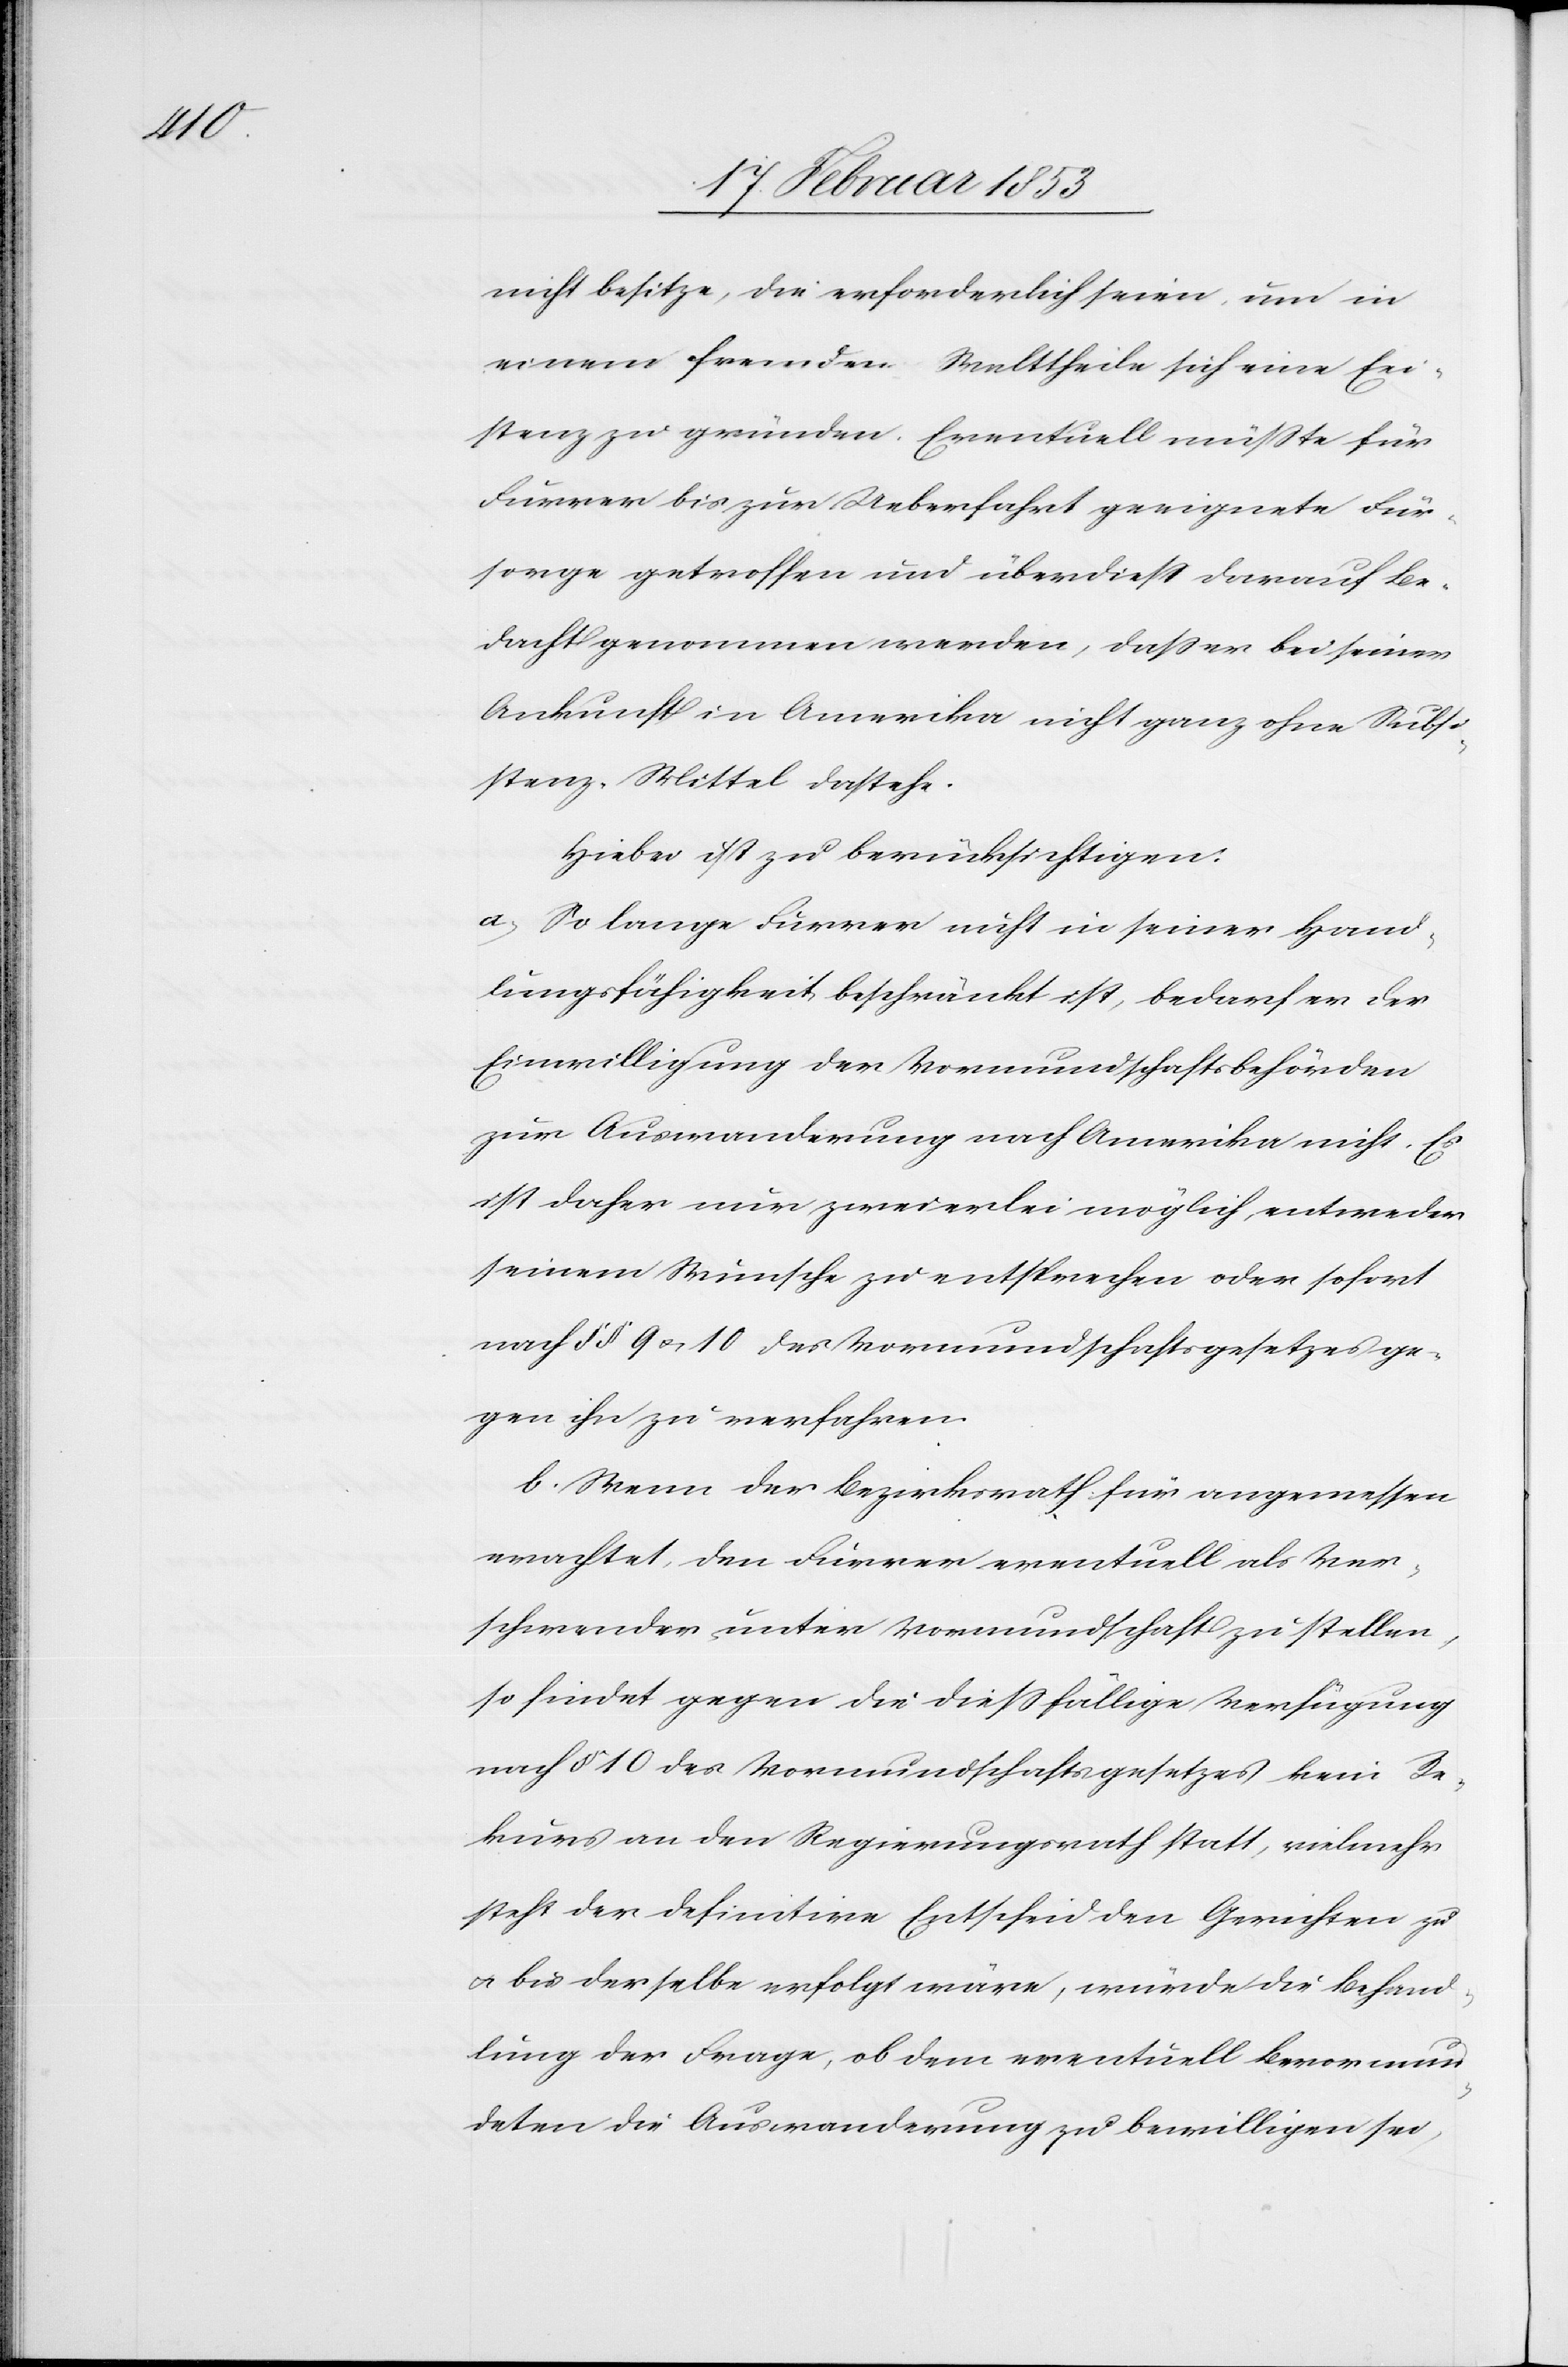
nicht besitze, die erforderlich seien, um in
einem fremden Welttheile sich eine Exi¬
stenz zu gründen. Eventuell müßte für
Furrer bis zur Ueberfahrt geeignete Für¬
sorge getroffen und überdieß darauf Be¬
dacht genommen werden, daß er bei seiner
Ankunft in Amerika nicht ganz ohne Sub¬
stanz-Mittel dastehe.
Hiebei ist zu berücksichtigen:
a, So lange Furrer nicht in seiner Hand¬
lungsfähigkeit beschränkt ist, bedarf er der
Einwilligung der Vormundschaftsbehörden
zur Auswanderung nach Amerika nicht. Es
ist daher nur zweierlei möglich, entweder
seinem Wunsche zu entsprechen oder sofort
auf §§ 9 u. 10 des Vormundschaftsgesetzes ge¬
gen ihn zu verfahren.
b. Wenn der Bezirksrath für angemessen
erachtet, den Furrer eventuell als Ver¬
schwender unter Vormundschaft zu stellen,
so findet gegen die dießfällige Verfügung
nach § 10 des Vormundschaftsgesetzes kein Re¬
kurs an den Regierungsrath statt, vielmehr
steht der definitive Entscheid den Gerichten zu
u. bis derselbe erfolgt wäre, würde die Behand¬
lung der Frage, ob dem eventuell Bevormun¬
deten die Auswanderung zu bewilligen sei,